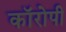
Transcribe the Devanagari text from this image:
कॉरोपी